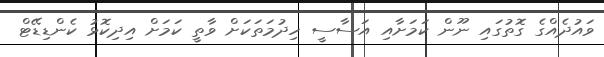
ވައުދެއްގެ ގޮތުގައި ނޫން ކަމަށާއި އަސާސީ ހިދުމަތަކަށް ވާތީ ކަމަށް އިދިކޮޅު ކެންޑިޑޭޓް